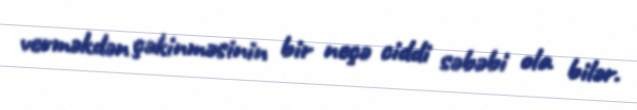
verməkdən çəkinməsinin bir neçə ciddi səbəbi ola bilər.